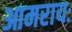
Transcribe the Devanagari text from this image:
आमरायः